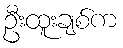
ဦးထူးချစ်က